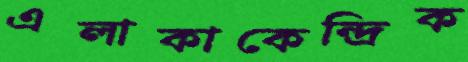
এলাকাকেন্দ্রিক